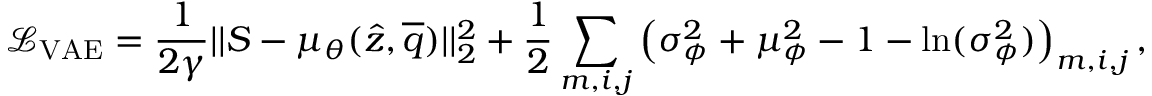
\mathcal { L } _ { \mathrm { V A E } } = \frac { 1 } { 2 \gamma } | | S - \mu _ { \theta } ( \hat { z } , \overline { { q } } ) | | _ { 2 } ^ { 2 } + \frac { 1 } { 2 } \sum _ { m , i , j } \left( \sigma _ { \phi } ^ { 2 } + \mu _ { \phi } ^ { 2 } - 1 - \ln ( \sigma _ { \phi } ^ { 2 } ) \right) _ { m , i , j } ,